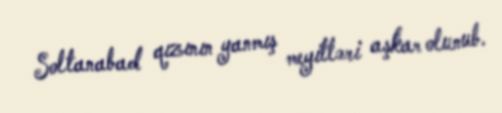
Soltanabad qızının yanmış meyitləri aşkar olunub.